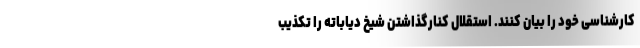
کارشناسی خود را بیان کنند. استقلال کنارگذاشتن شیخ دیاباته را تکذیب